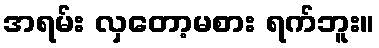
အရမ်း လှတော့မစား ရက်ဘူး။